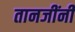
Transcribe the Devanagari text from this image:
तानजींनी